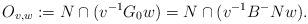
LaTeX: \begin{align*} O_{v,w} := N \cap (v^{-1} G_0 w) = N \cap (v^{-1} B^-N w). \end{align*}